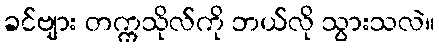
ခင်ဗျား တက္ကသိုလ်ကို ဘယ်လို သွားသလဲ။